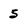
Character: 5